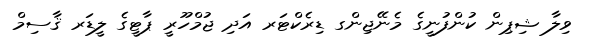
ވިލާ ޝިޕިން ކުންފުނީގެ މެނޭޖިންގ ޑިރެކްޓަރ އަދި ޖުމްހޫރީ ޕާޓީގެ ލީޑަރ ޤާސިމް